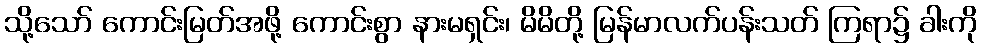
သို့သော် ကောင်းမြတ်အဖို့ ကောင်းစွာ နားမရှင်း၊ မိမိတို့ မြန်မာလက်ပန်းသတ် ကြရာ၌ ခါးကို